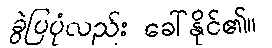
ခွဲပြပုံလည်း ခေါ်နိုင်၏။